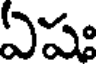
ఏషః